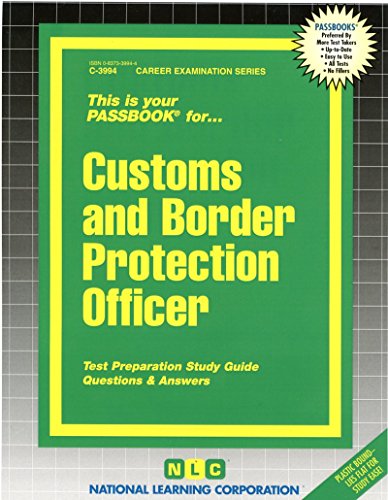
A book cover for Customs & Border Protection Officer(Passbooks) (Career Examination Passbooks); Jack Rudman; Test Preparation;